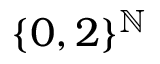
\{ 0 , 2 \} ^ { \mathbb { N } }